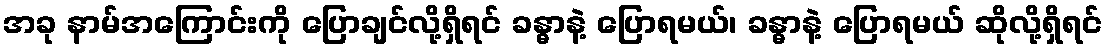
အခု နာမ်အကြောင်းကို ပြောချင်လို့ရှိရင် ခန္ဓာနဲ့ ပြောရမယ်၊ ခန္ဓာနဲ့ ပြောရမယ် ဆိုလို့ရှိရင်